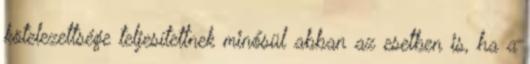
kötelezettsége teljesítettnek minősül abban az esetben is, ha a